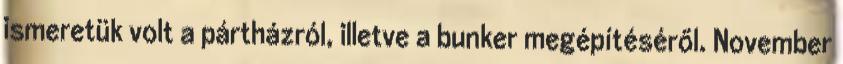
ismeretük volt a pártházról, illetve a bunker megépítéséről. November